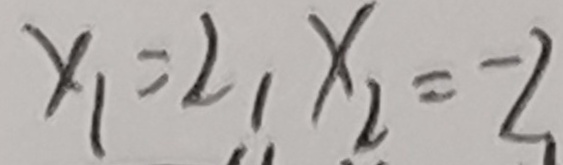
x _ { 1 } = 2 , x _ { 2 } = - 2